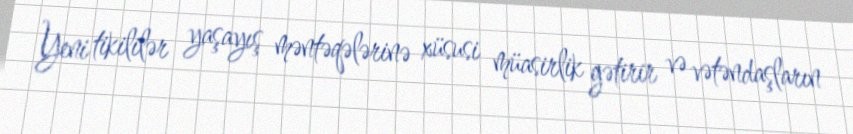
Yeni tikililər yaşayış məntəqələrinə xüsusi müasirlik gətirir və vətəndaşların